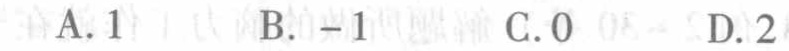
A. 1  B. -1  C. 0  D. 2